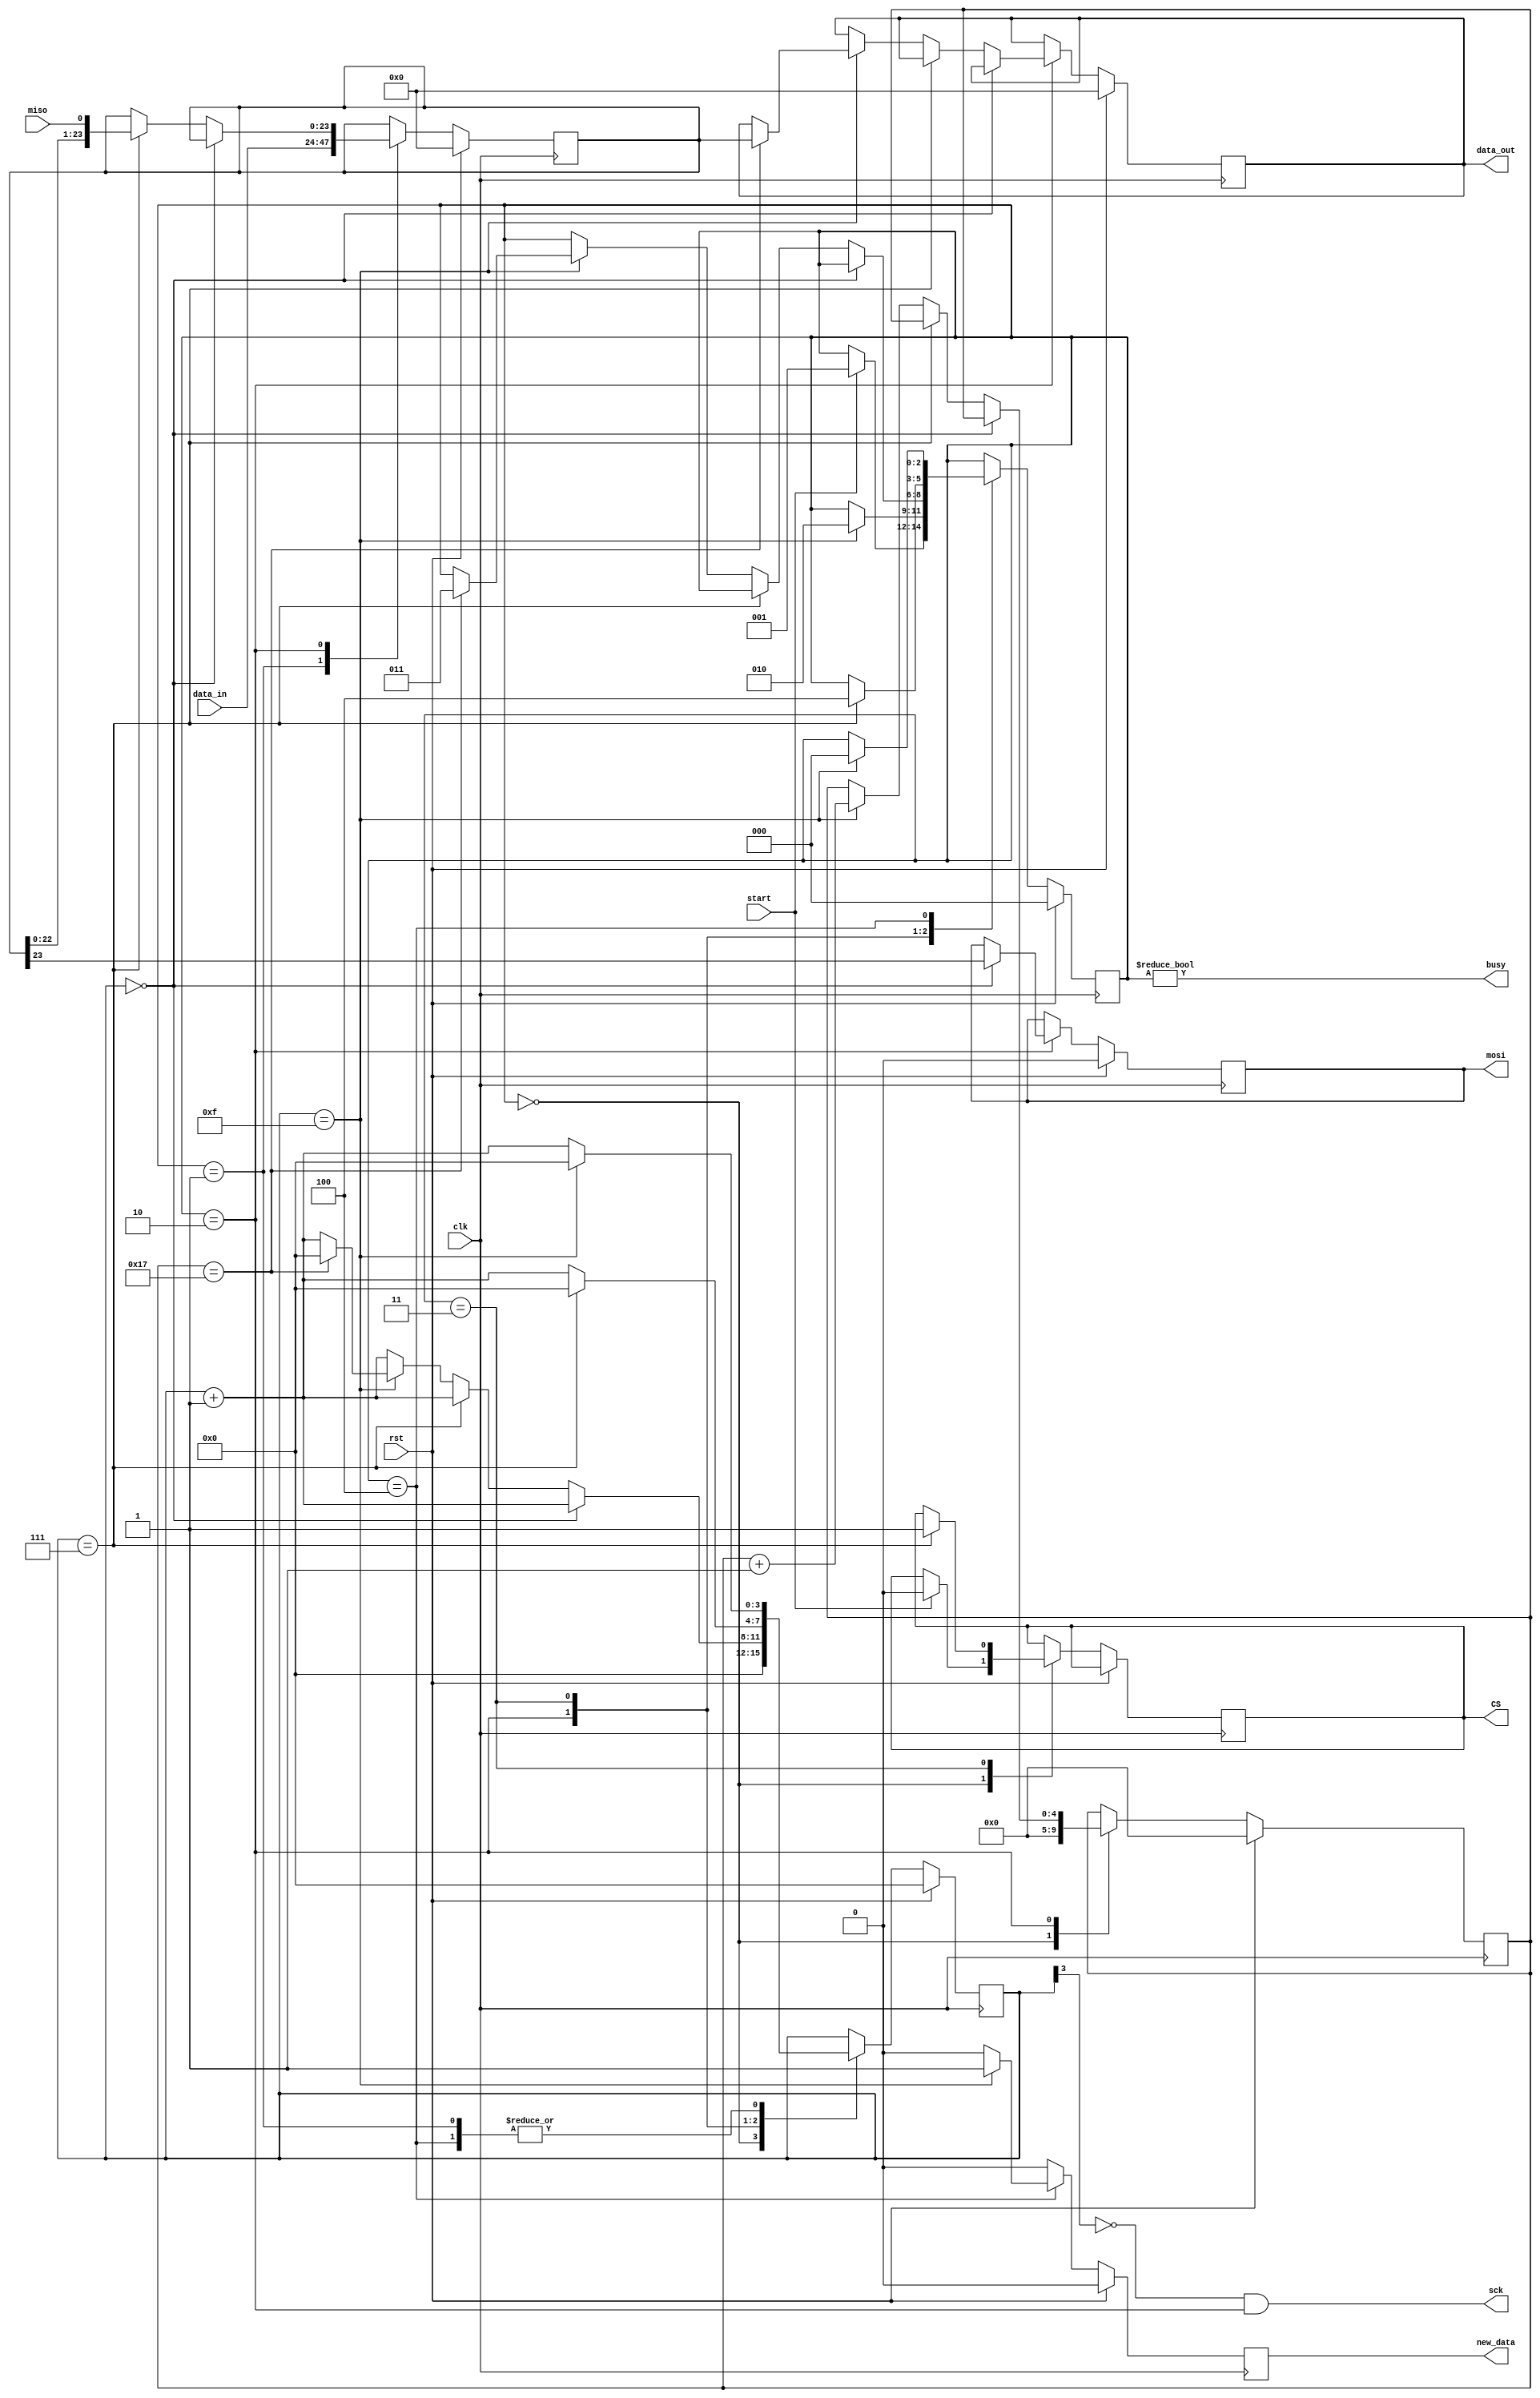
module mems_spi #(
  parameter CLK_DIV = 16 // clog2 = 4
  )(
    // INPUT
    input clk,
    input rst,
    input miso,
    input[23:0] data_in,
    input start,
    
    // OUTPUT
    output mosi,
    output sck,
    output[23:0] data_out,
    output busy,
    output new_data,
    output CS
  );
   
  parameter CTR_SIZE = $clog2(CLK_DIV); //$clog2(2**CLK_DIV);
  
  localparam STATE_SIZE = 3;
  localparam IDLE = 3'd0,
    WAIT_HALF = 3'd1,
    TRANSFER = 3'd2,
    WAIT_FOR_CS_1 = 3'd3,
    WAIT_FOR_CS_2 = 3'd4;
   
  reg [STATE_SIZE-1:0] state_d, state_q;
  reg [23:0] data_d, data_q;
  reg [CTR_SIZE-1:0] sck_d, sck_q;
  reg mosi_d, mosi_q;
  reg [4:0] ctr_d, ctr_q;
  reg new_data_d, new_data_q;
  reg [23:0] data_out_d, data_out_q;
  reg CS_d, CS_q;
   
  assign mosi = mosi_q;
  assign sck = (~sck_q[CTR_SIZE-1]) & (state_q == TRANSFER);
  assign busy = state_q != IDLE;
  assign data_out = data_out_q;
  assign new_data = new_data_q;
  assign CS = CS_q;
   
  always @(*) begin
    sck_d = sck_q;
    data_d = data_q;
    mosi_d = mosi_q;
    ctr_d = ctr_q;
    new_data_d = 1'b0;
    data_out_d = data_out_q;
    state_d = state_q;
    CS_d=CS_q;
     
    case (state_q)
      IDLE: begin
        // CS_d = 1'b1;
        sck_d = 4'b0;              
        ctr_d = 5'b0;              
        if (start == 1'b1) begin   
        // copy data to send
          state_d = WAIT_HALF;    
          CS_d = 1'b0;
        end
      end

     WAIT_HALF: begin
       data_d = data_in;
       sck_d = sck_q + 1'b1;                  
       if (sck_q == {CTR_SIZE{1'b1}}) begin  
         sck_d = 1'b0;                        
         state_d = TRANSFER;                  
        end
     end

      TRANSFER: begin
        sck_d = sck_q + 1'b1;                           
        if (sck_q == 4'b0000) begin                     
          mosi_d = data_q[23];                           // output the MSB of data
        end else if (sck_q == {CTR_SIZE-1{1'b1}}) begin  // else if it's half full (about to fall)
          data_d = {data_q[22:0], miso};//sck_d>>7};//miso};                 // read in data (shift in)
          
          //miso
        end else if (sck_q == {CTR_SIZE{1'b1}}) begin    // else if it's full (about to rise)
          ctr_d = ctr_q + 1'b1;                        
          if (ctr_q == 5'b10111) begin                    // if we are on the last bit
            state_d = WAIT_FOR_CS_1;                             
            data_out_d = data_q;                        
                       // signal data is valid
            sck_d = 4'b0; 

          end
        end
      end // TRANSFER

     WAIT_FOR_CS_1: begin
       sck_d = sck_q + 1'b1;                  
       if (sck_q == {CTR_SIZE-1{1'b1}}) begin  
            CS_d=1'b1;
            state_d = WAIT_FOR_CS_2; 
            sck_d=1'b0;

        end
     end

     WAIT_FOR_CS_2: begin
       sck_d = sck_q + 1'b1;                 
       if (sck_q == {CTR_SIZE{1'b1}}) begin 
         sck_d = 1'b0;                       
         state_d = IDLE;                  
         new_data_d = 1'b1;   

        end
     end


    
    endcase
  end
   
  always @(posedge clk) begin
    if (rst) begin
      ctr_q <= 5'b0;
      data_q <= 24'b0;
      sck_q <= 4'b0;
      mosi_q <= 1'b0;
      state_q <= IDLE;
      data_out_q <= 24'b0;
      new_data_q <= 1'b0;
    end else begin
      ctr_q <= ctr_d;
      data_q <= data_d;
      sck_q <= sck_d;
      mosi_q <= mosi_d;
      state_q <= state_d;
      data_out_q <= data_out_d;
      new_data_q <= new_data_d;
      CS_q <= CS_d;
    end
  end
   
endmodule